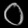
Digit: ၀